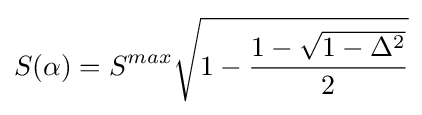
S(\alpha )=S^{max}{\sqrt {1-{\frac {1-{\sqrt {1-\Delta ^{2}}}}{2}}}}